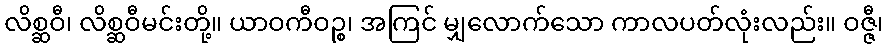
လိစ္ဆဝီ၊ လိစ္ဆဝီမင်းတို့။ ယာဝကီဝဉ္စ၊ အကြင် မျှလောက်သော ကာလပတ်လုံးလည်း။ ဝဇ္ဇီ၊